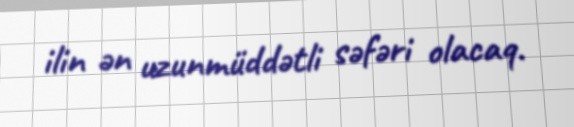
ilin ən uzunmüddətli səfəri olacaq.